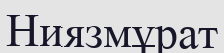
Ниязмұрат